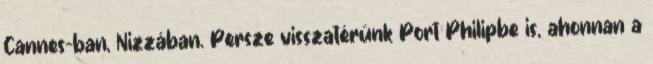
Cannes-ban, Nizzában. Persze visszatérünk Port Philipbe is, ahonnan a